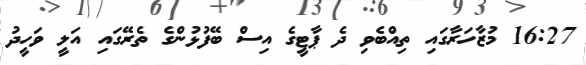
16:27 މުޒާހަރާގައި ތިއްބެވި ދެ ޕާޓީގެ އިސް ބޭފުޅުންގެ ތެރޭގައި އަލީ ވަހީދު